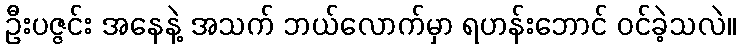
ဦးပဇ္ဇင်း အနေနဲ့ အသက် ဘယ်လောက်မှာ ရဟန်းဘောင် ဝင်ခဲ့သလဲ။